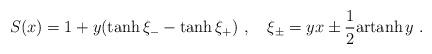
LaTeX: \begin{align*}S(x)=1+y (\tanh \xi_{-} -\tanh \xi_{+} )\ , \quad \xi_{\pm}=yx\pm \frac{1}{2} {\rm artanh}\, y \ . \end{align*}